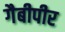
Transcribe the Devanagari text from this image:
गैबीपीर